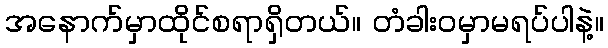
အနောက်မှာထိုင်စရာရှိတယ်။ တံခါးဝမှာမရပ်ပါနဲ့။